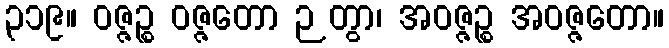
၃၁၉။ ဝဇ္ဇဉ္စ ဝဇ္ဇတော ဉတွာ၊ အဝဇ္ဇဉ္စ အဝဇ္ဇတော။